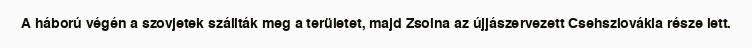
A háború végén a szovjetek szállták meg a területet, majd Zsolna az újjászervezett Csehszlovákia része lett.